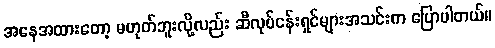
အနေအထားတော့ မဟုတ်ဘူးလို့လည်း ဆီလုပ်ငန်းရှင်များအသင်းက ပြောပါတယ်။